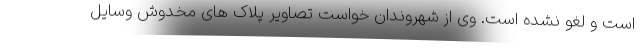
است و لغو نشده است. وی از شهروندان خواست تصاویر پلاک های مخدوش وسایل